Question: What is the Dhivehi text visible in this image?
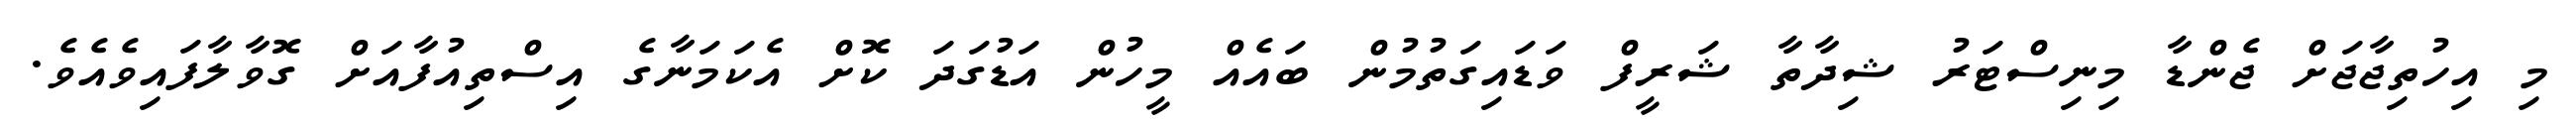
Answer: މި އިހުތިޖާޖަށް ޖެންޑާ މިނިސްޓަރު ޝިދާތާ ޝަރީފް ވަޑައިގަތުމުން ބައެއް މީހުން އަޑުގަދަ ކޮށް އެކަމަނާގެ އިސްތިއުފާއަށް ގޮވާލާފައިވެއެވެ.